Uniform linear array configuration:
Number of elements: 8
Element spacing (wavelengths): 0.5
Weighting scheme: cosine
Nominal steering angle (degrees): -60
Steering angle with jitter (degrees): -60.967
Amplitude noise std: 0.05
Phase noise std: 0.05

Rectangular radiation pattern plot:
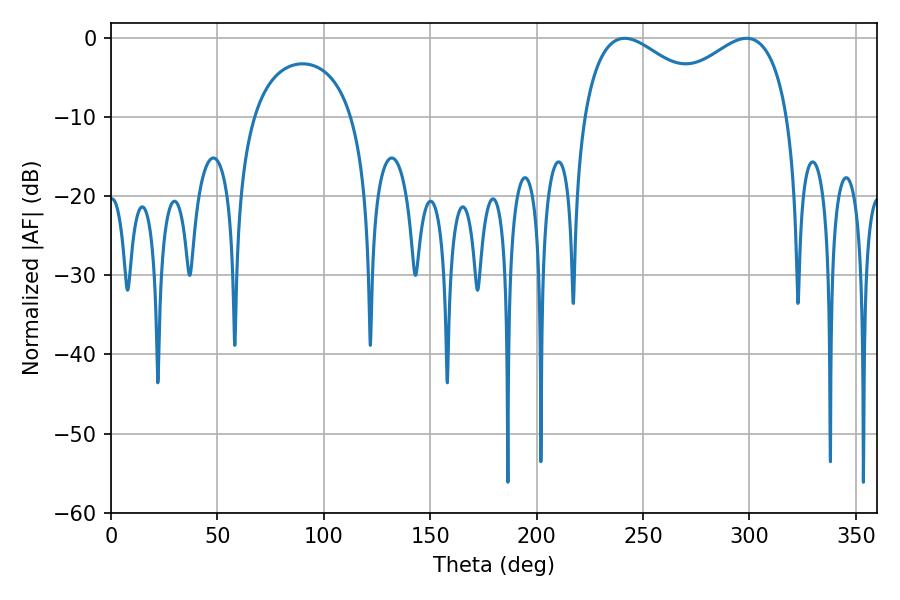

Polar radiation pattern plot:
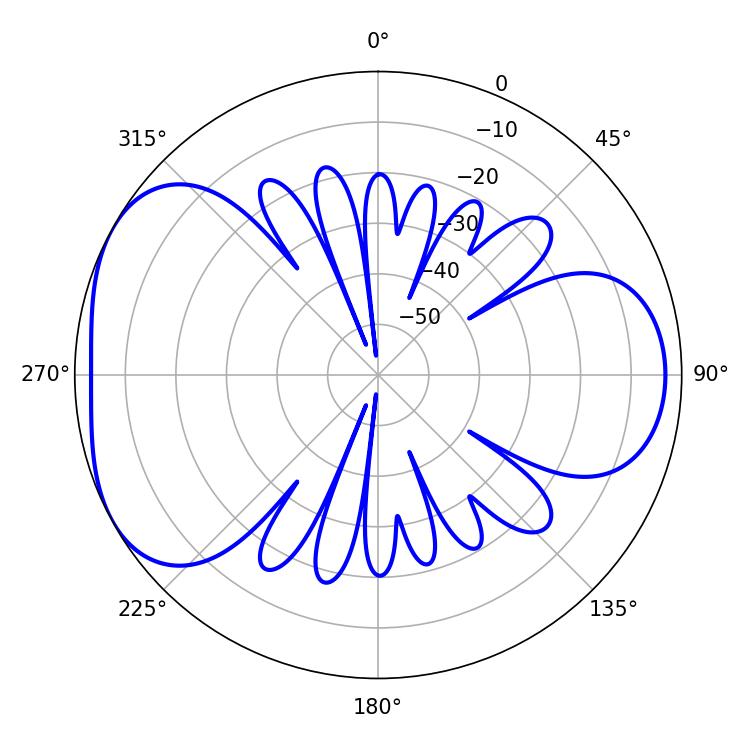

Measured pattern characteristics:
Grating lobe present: FALSE
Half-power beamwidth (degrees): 35.28
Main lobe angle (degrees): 298.62